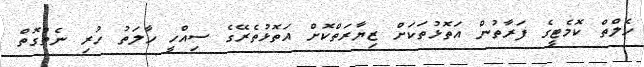
ހެލްތް ކޮމެޓީގެ ފަރާތުން އަތޮޅުތަކަށް ޒިޔާރަތްކޮށް އަތޮޅުތެރޭގެ ސިއްހީ ހާލަތު ހުރި ނެތްގޮތް